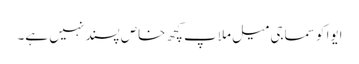
ایوا کو سماجی میل ملاپ کچھ خاص پسند نہیں ہے۔